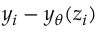
y _ { i } - y _ { \theta } ( z _ { i } )